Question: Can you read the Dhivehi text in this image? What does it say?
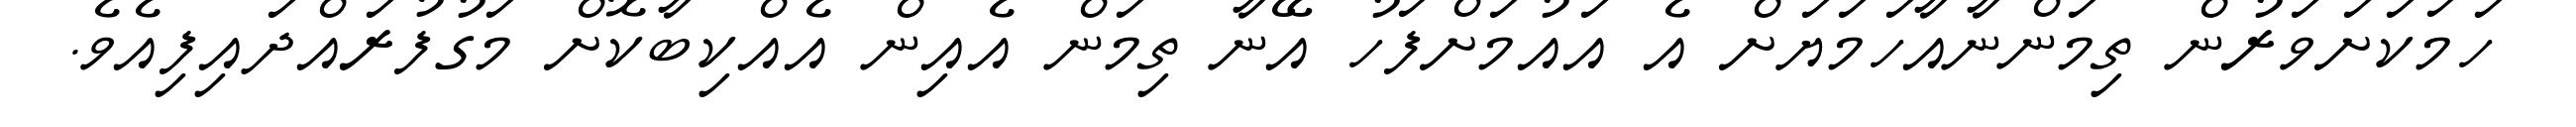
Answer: ހަމަކަށަވަރުން ތިމަންނާއާހަމަޔަށް އެ އައުމަށްފަހު އޭނާ ތިމަން އެއިން އެއްކިބާކޮށް މަގުފުރައްދައިފިއެވެ.